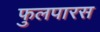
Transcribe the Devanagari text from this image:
फुलपारस